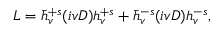
{ \cal L } = \bar { h } _ { v } ^ { + s } ( i v D ) h _ { v } ^ { + s } + \bar { h } _ { v } ^ { - s } ( i v D ) h _ { v } ^ { - s } ,